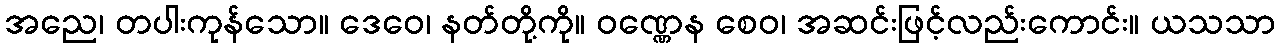
အညေ၊ တပါးကုန်သော။ ဒေဝေ၊ နတ်တို့ကို။ ဝဏ္ဏေန စေဝ၊ အဆင်းဖြင့်လည်းကောင်း။ ယသသာ